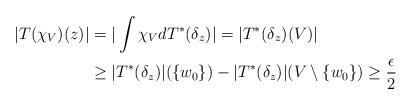
LaTeX: \begin{align*}|T(\chi_V)(z)|&=|\int \chi_V dT^*(\delta_{z})|=|T^*(\delta_{z})(V)|\\ &\geq |T^*(\delta_{z})|(\{w_0\})-|T^*(\delta_{z})|(V\setminus \{w_0\})\geq \frac{\epsilon}{2}\end{align*}